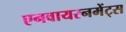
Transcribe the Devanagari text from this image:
एनवायरनमेंट्स